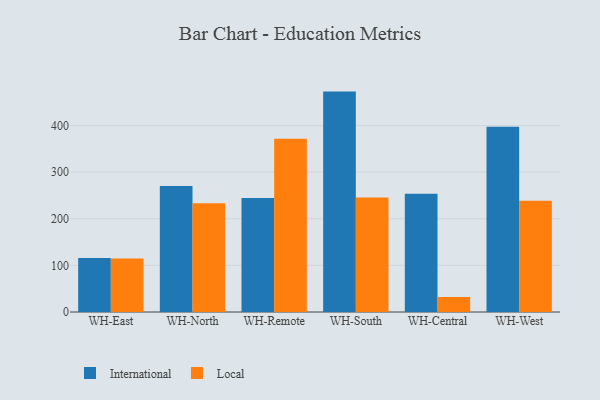
{"axis": {"x": "Warehouse", "y": "Revenue (USD Million)"}, "legend": ["International", "Local"], "data": [{"x": "WH-East", "y": 115.9, "type": "International"}, {"x": "WH-East", "y": 114.5, "type": "Local"}, {"x": "WH-North", "y": 270.3, "type": "International"}, {"x": "WH-North", "y": 233.4, "type": "Local"}, {"x": "WH-Remote", "y": 244.6, "type": "International"}, {"x": "WH-Remote", "y": 371.9, "type": "Local"}, {"x": "WH-South", "y": 472.8, "type": "International"}, {"x": "WH-South", "y": 245.7, "type": "Local"}, {"x": "WH-Central", "y": 253.8, "type": "International"}, {"x": "WH-Central", "y": 32.3, "type": "Local"}, {"x": "WH-West", "y": 397.2, "type": "International"}, {"x": "WH-West", "y": 238.9, "type": "Local"}]}